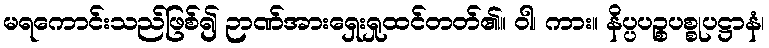
မရကောင်းသည်ဖြစ်၍ ဉာဏ်အားရှေးရှုထင်တတ်၏။ ဝါ၊ ကား။ နိပ္ပပဉ္စပစ္စုပဋ္ဌာနံ၊